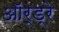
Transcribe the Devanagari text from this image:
ऑर्ड्रे